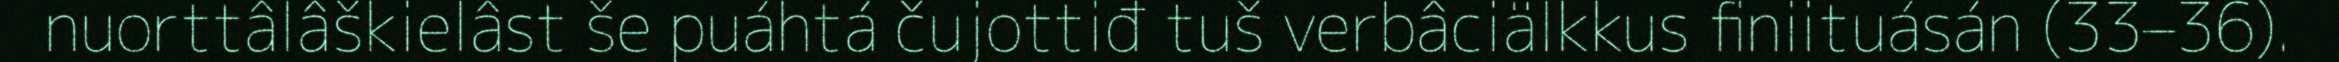
nuorttâlâškielâst še puáhtá čujottiđ tuš verbâciälkkus finiituásán (33–36).